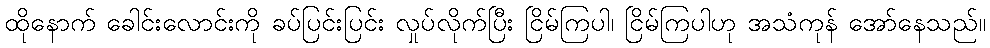
ထိုနောက် ခေါင်းလောင်းကို ခပ်ပြင်းပြင်း လှုပ်လိုက်ပြီး ငြိမ်ကြပါ၊ ငြိမ်ကြပါဟု အသံကုန် အော်နေသည်။